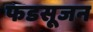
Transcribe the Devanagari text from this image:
फडसूजन